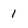
Character: I